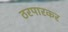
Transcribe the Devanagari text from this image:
ठरपारकर